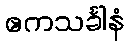
ဧကသင်္ခါနံ